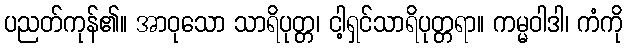
ပညတ်ကုန်၏။ အာဝုသော သာရိပုတ္တ၊ ငါ့ရှင်သာရိပုတ္တရာ။ ကမ္မဝါဒါ၊ ကံကို